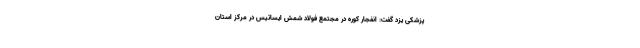
پزشکی یزد گفت: انفجار کوره در مجتمع فولاد شمش ایساتیس در مرکز استان